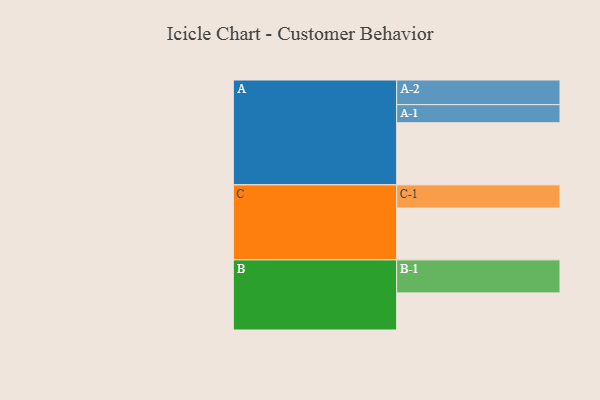
{"axis": {"x": "Segment", "y": "Value"}, "legend": ["", "A", "B", "C"], "data": [{"x": "A", "y": 549, "type": ""}, {"x": "B", "y": 328, "type": ""}, {"x": "C", "y": 458, "type": ""}, {"x": "A-1", "y": 160, "type": "A"}, {"x": "A-2", "y": 218, "type": "A"}, {"x": "B-1", "y": 292, "type": "B"}, {"x": "C-1", "y": 205, "type": "C"}]}